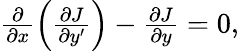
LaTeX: \begin{array}{r}{\frac{\partial}{\partial x}\left(\frac{\partial J}{\partial y^{\prime}}\right)-\frac{\partial J}{\partial y}=0,}\end{array}